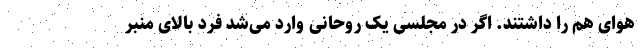
هوای هم را داشتند. اگر در مجلسی یک روحانی وارد می‌شد فرد بالای منبر